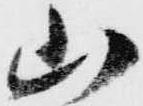
山